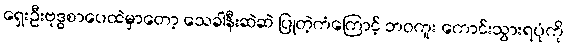
ရှေးဦးဗုဒ္ဓစာပေထဲမှာတော့ သေခါနီးဆဲဆဲ ပြုတဲ့ကံကြောင့် ဘဝကူး ကောင်းသွားရပုံကို